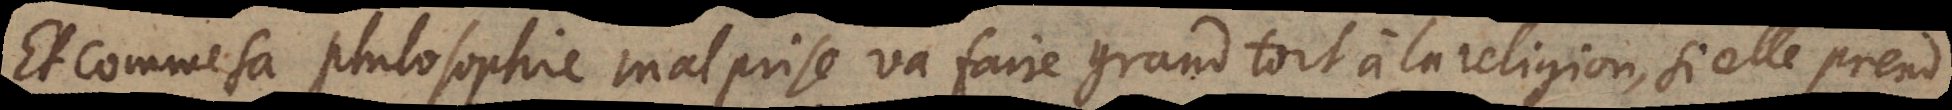
Et comme sa philosophie va faire grand tort à la religion si elle prend